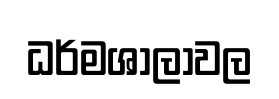
ධර්මශාලාවල